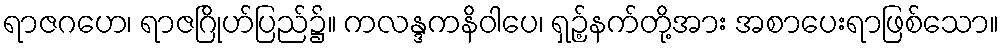
ရာဇဂဟေ၊ ရာဇဂြိုဟ်ပြည်၌။ ကလန္ဒကနိဝါပေ၊ ရှဉ့်နက်တို့အား အစာပေးရာဖြစ်သော။